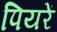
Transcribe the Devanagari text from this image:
पियरें